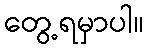
တွေ့ရမှာပါ။